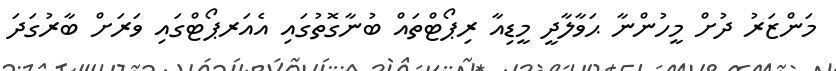
މަންޒަރު ދުށް މީހުންނާ ޙަވާލާދީ މީޑިއާ ރިޕޯޓްތައް ބުނާގޮތުގައި އެއަރޕޯޓްގައި ވަރަށް ބާރުގަދަ